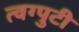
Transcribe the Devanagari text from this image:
त्वग्पुटी